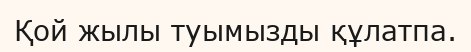
Қой жылы туымызды құлатпа.